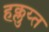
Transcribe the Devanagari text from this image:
हक्लुय्त